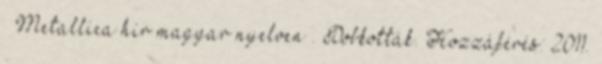
↑ Metallica hír magyar nyelven . Dobkották. Hozzáférés: 2011.